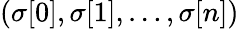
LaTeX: (\sigma[0],\sigma[1],\dots,\sigma[n])